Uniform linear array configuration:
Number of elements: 32
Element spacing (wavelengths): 1
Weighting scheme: hann
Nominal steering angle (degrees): -60
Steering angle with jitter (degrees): -58.275
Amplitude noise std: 0.05
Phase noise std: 0.05

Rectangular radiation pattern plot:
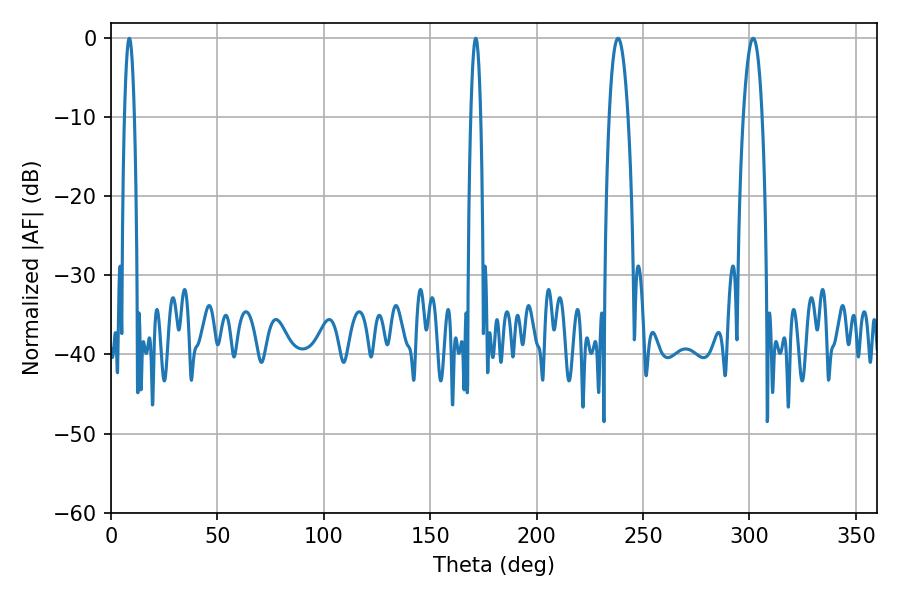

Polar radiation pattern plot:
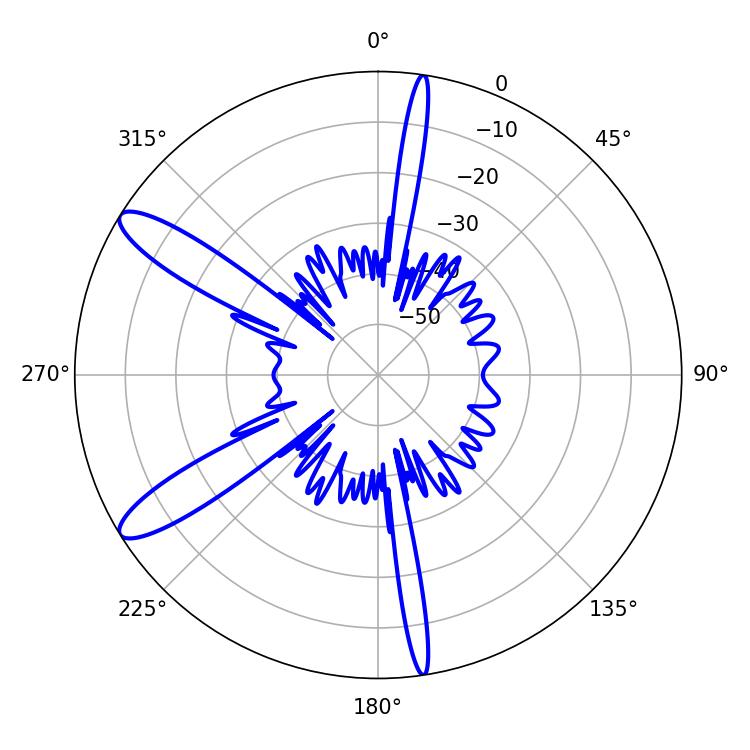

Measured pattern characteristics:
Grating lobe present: TRUE
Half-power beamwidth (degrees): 2.52
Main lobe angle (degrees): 8.64